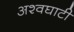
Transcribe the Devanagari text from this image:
अश्वघाटी